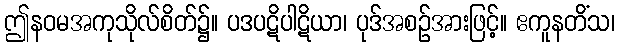
ဤနဝမအကုသိုလ်စိတ်၌။ ပဒပဋိပါဋိယာ၊ ပုဒ်အစဉ်အားဖြင့်။ ဧကူနတိံသ၊